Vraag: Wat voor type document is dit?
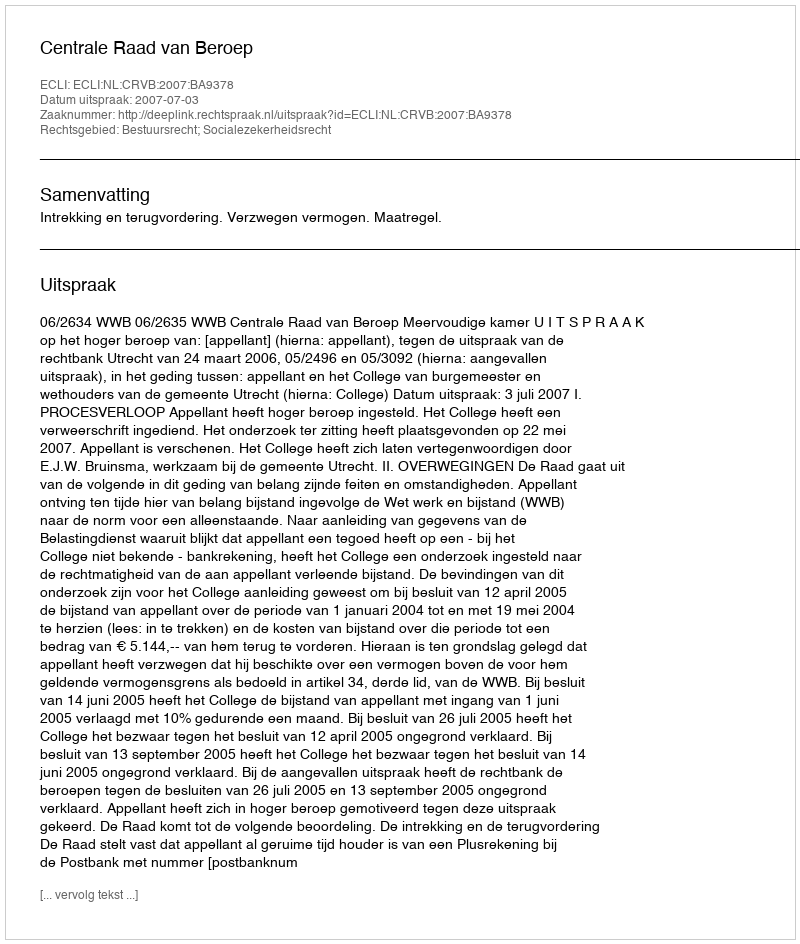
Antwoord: Uitspraak